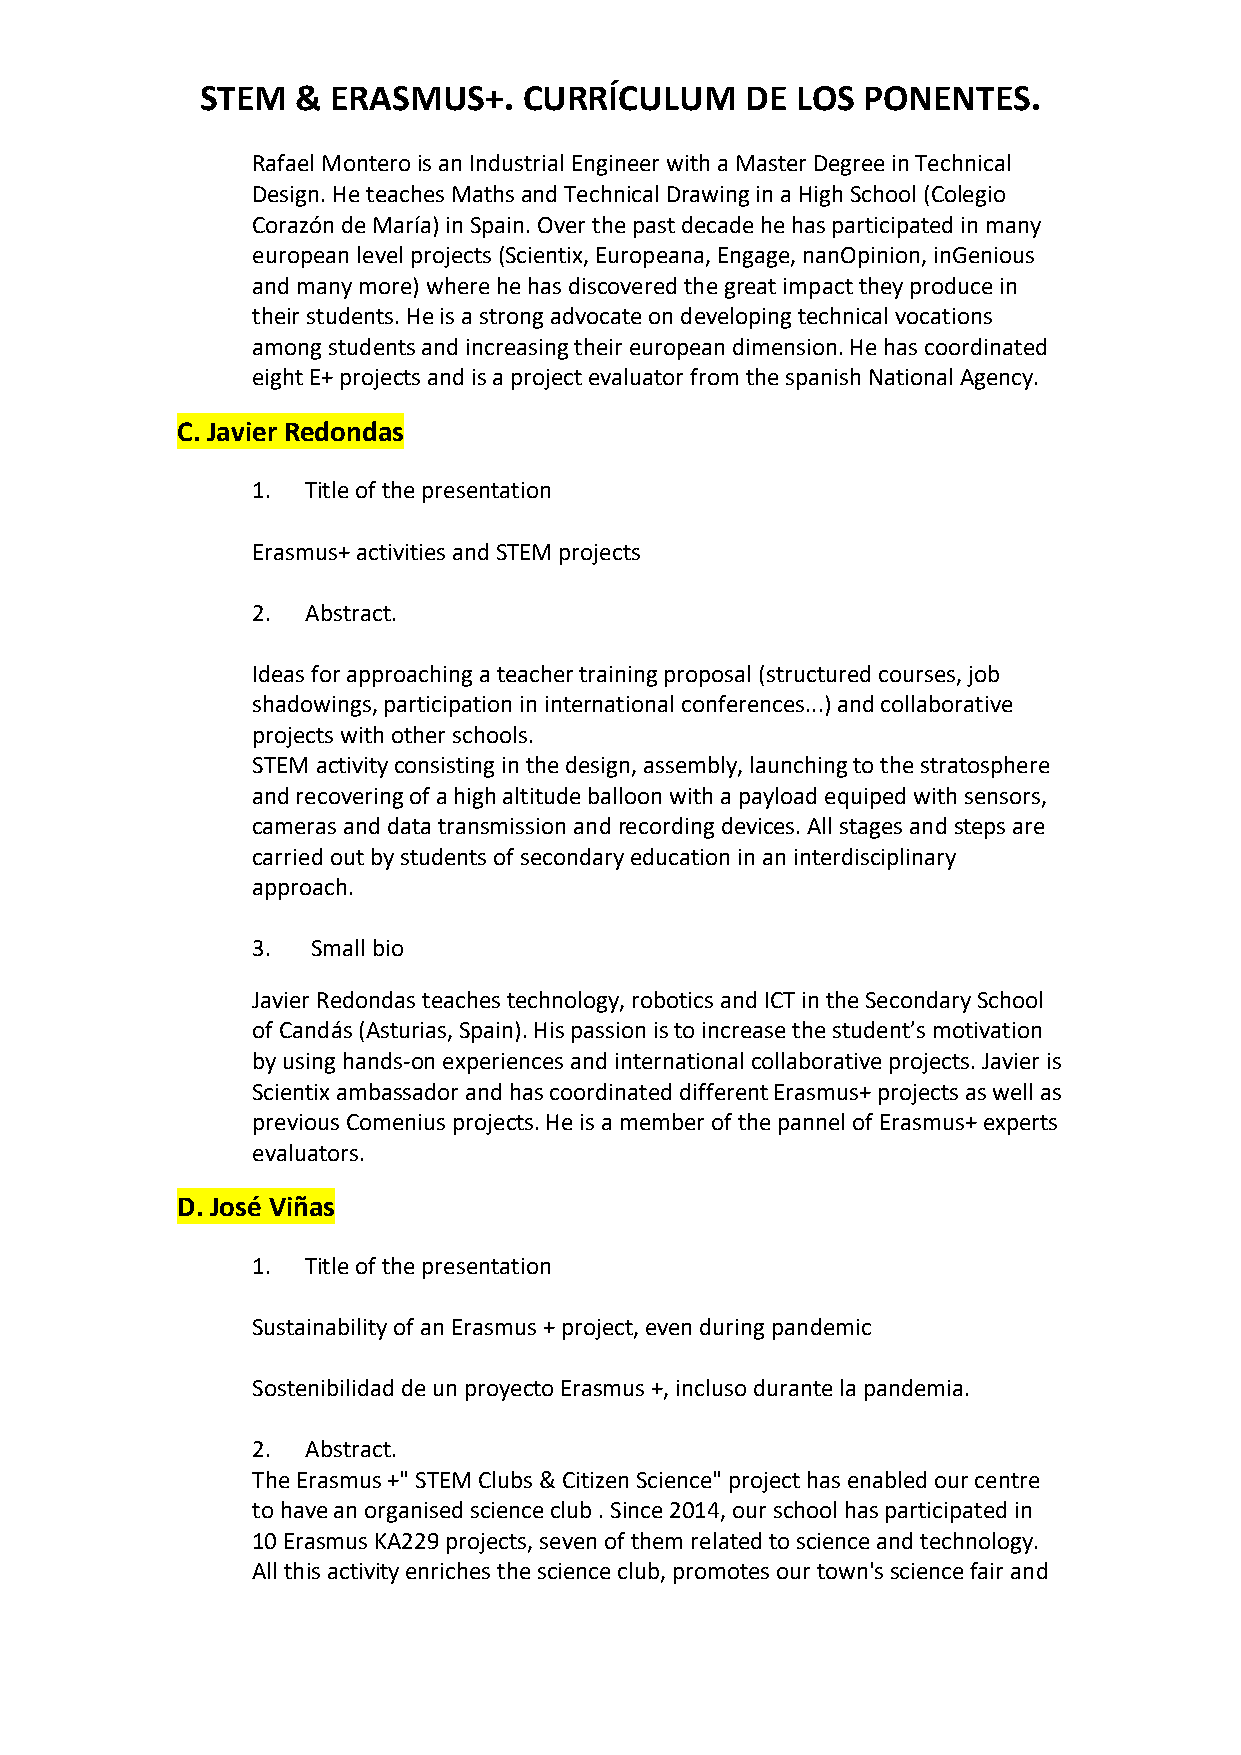
STEM   & ERASMUS+.    CURRÍCULUM    DE  LOS PONENTES.
 Rafael Montero is an Industrial Engineer with a Master Degree in Technical
 Design. He teaches Maths and Technical Drawing in a High School (Colegio
 Corazón de María) in Spain. Over the past decade he has participated in many
 european level projects (Scientix, Europeana, Engage, nanOpinion, inGenious
 and many more) where he has discovered the great impact they produce in
 their students. He is a strong advocate on developing technical vocations
 among students and increasing their european dimension. He has coordinated
 eight E+ projects and is a project evaluator from the spanish National Agency.
 C. Javier Redondas
 1. Title of the presentation
 Erasmus+ activities and STEM projects
 2. Abstract.
 Ideas for approaching a teacher training proposal (structured courses, job
 shadowings, participation in international conferences...) and collaborative
 projects with other schools.
 STEM activity consisting in the design, assembly, launching to the stratosphere
 and recovering of a high altitude balloon with a payload equiped with sensors,
 cameras and data transmission and recording devices. All stages and steps are
 carried out by students of secondary education in an interdisciplinary
 approach.
 3.  Small bio
 Javier Redondas teaches technology, robotics and ICT in the Secondary School
 of Candás (Asturias, Spain). His passion is to increase the student’s motivation
 by using hands-on experiences and international collaborative projects. Javier is
 Scientix ambassador and has coordinated different Erasmus+ projects as well as
 previous Comenius projects. He is a member of the pannel of Erasmus+ experts
 evaluators.
 D. José Viñas
 1. Title of the presentation
 Sustainability of an Erasmus + project, even during pandemic
 Sostenibilidad de un proyecto Erasmus +, incluso durante la pandemia.
 2. Abstract.
 The Erasmus +" STEM Clubs & Citizen Science" project has enabled our centre
 to have an organised science club . Since 2014, our school has participated in
 10 Erasmus KA229 projects, seven of them related to science and technology.
 All this activity enriches the science club, promotes our town's science fair and